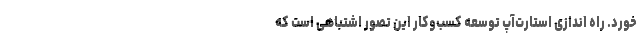
خورد. راه اندازی استارت‌آپ توسعه کسب‌وکار این تصور اشتباهی است که